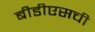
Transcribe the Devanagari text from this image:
बीडीएसची